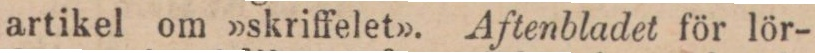
artikel om »skriffelet». Aftenbladet för lör-